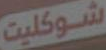
شوكليت